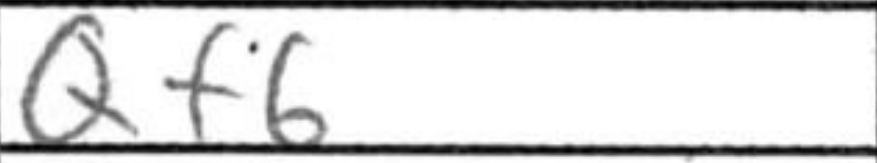
Transcription: Qf6